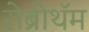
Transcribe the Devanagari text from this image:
रोब्रोथॅम